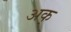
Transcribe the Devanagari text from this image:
अक्